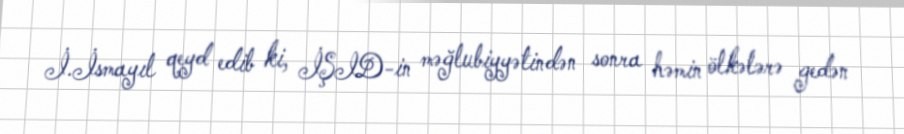
İ.İsmayıl qeyd edib ki, İŞID-in məğlubiyyətindən sonra həmin ölkələrə gedən